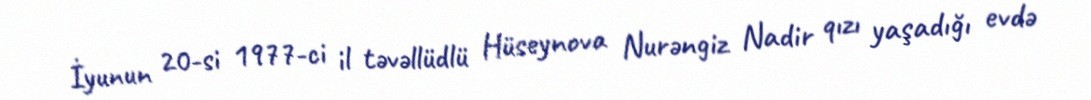
İyunun 20-si 1977-ci il təvəllüdlü Hüseynova Nurəngiz Nadir qızı yaşadığı evdə